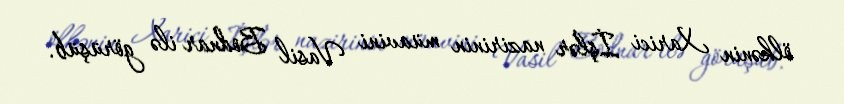
ölkənin Xarici İşlər nazirinin müavini Vasil Bodnar ilə görüşüb.